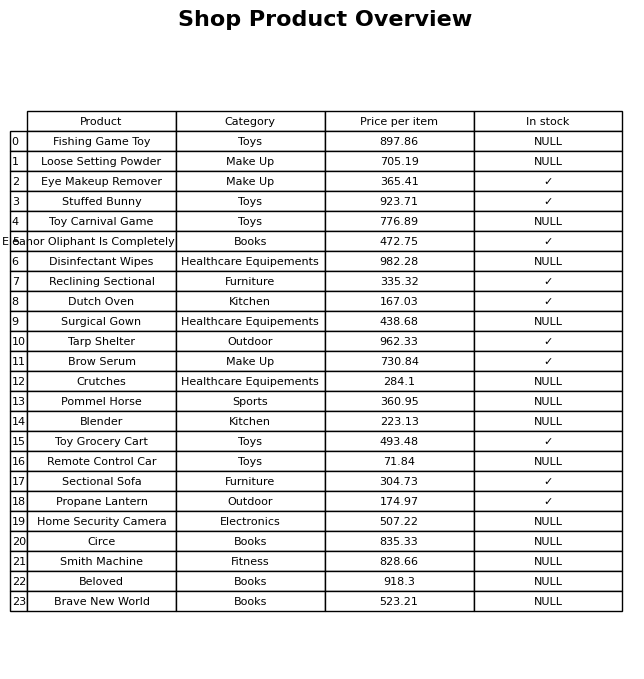
question: Is the Tarp Shelter in stock?
answer: ✓